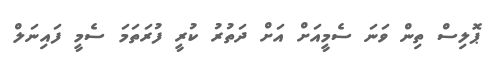
ޕޮލިސް ތިން ވަނަ ސެމީއަށް އަށް ދަތުރު ކުރީ ފުރަތަމަ ސެމީ ފައިނަލް